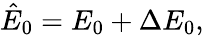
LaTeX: \hat{E}_{0}=E_{0}+\Delta E_{0},